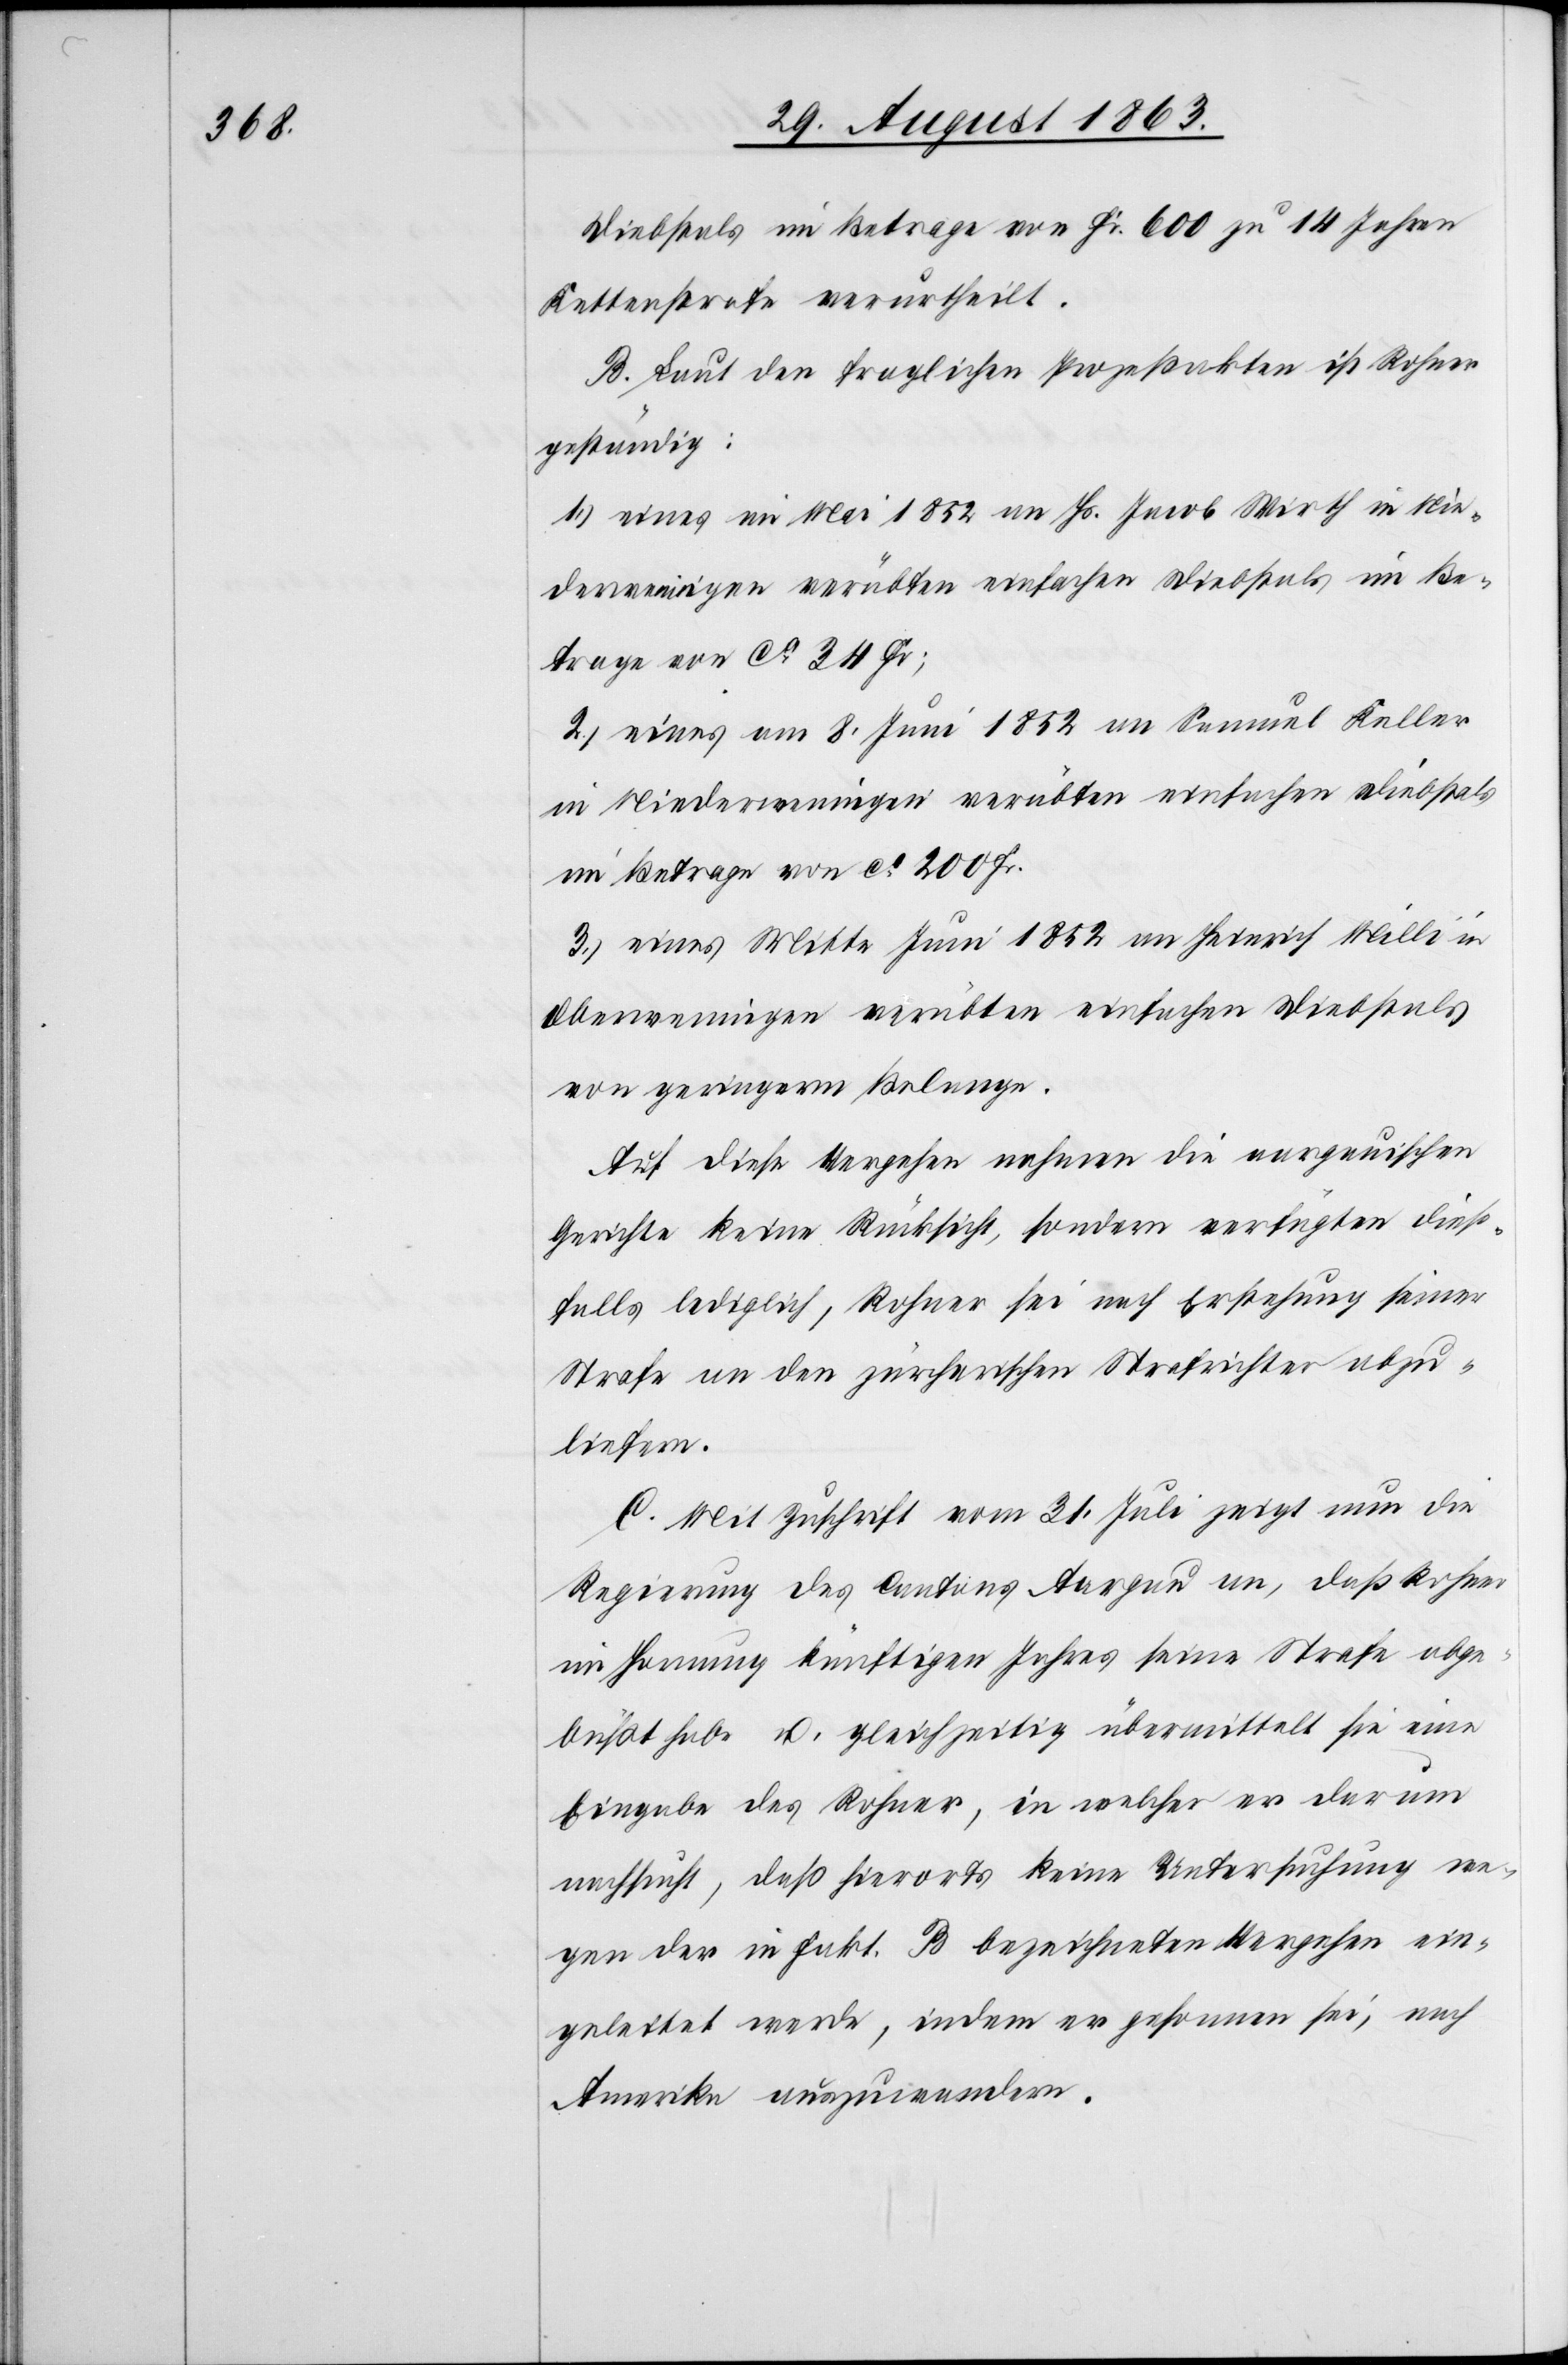
Diebstals im Betrage von Fr. 600 zu 14 Jahren
Kettenstrafe verurtheilt.
B. Laut den fraglichen Prozeßakten ist Rohner
geständig:
1.) eines im Mai 1852 an Hs. Jacob Wirth in Nie¬
derweningen verübten einfachen Diebstals im Be¬
trage von ca 34 Fr;
2.) eines am 8. Juni 1852 an Samuel Keller
in Niederweningen verübten einfachen Diebstals
im Betrage von ca 200 Fr.
3.) eines Mitte Juni 1852 an Heinrich Milli in
Oberweningen verübten einfachen Diebstals
von geringerm Belange.
Auf diese Vergehen nehmen die aargauischen
Gerichte keine Rücksicht, sondern verfügten dies¬
falls lediglich, Rohner sei nach Erstehung seiner
Strafe an den zürcherischen Strafrichter abzu¬
liefern.
C. Mit Zuschrift vom 31. Juli zeigt nun die
Regierung des Cantons Aargau an, daß Rohner
im Hornung künftigen Jahres seine Strafe abge¬
büßt habe u. gleichzeitig übermittelt sie eine
Eingabe des Rohner, in welcher er darum
nachsucht, daß hierorts keine Untersuchung we¬
gen der in Fakt. B bezeichneten Vergehen ein¬
geleitet werde, indem er gesonnen sei, nach
Amerika auszuwandern.